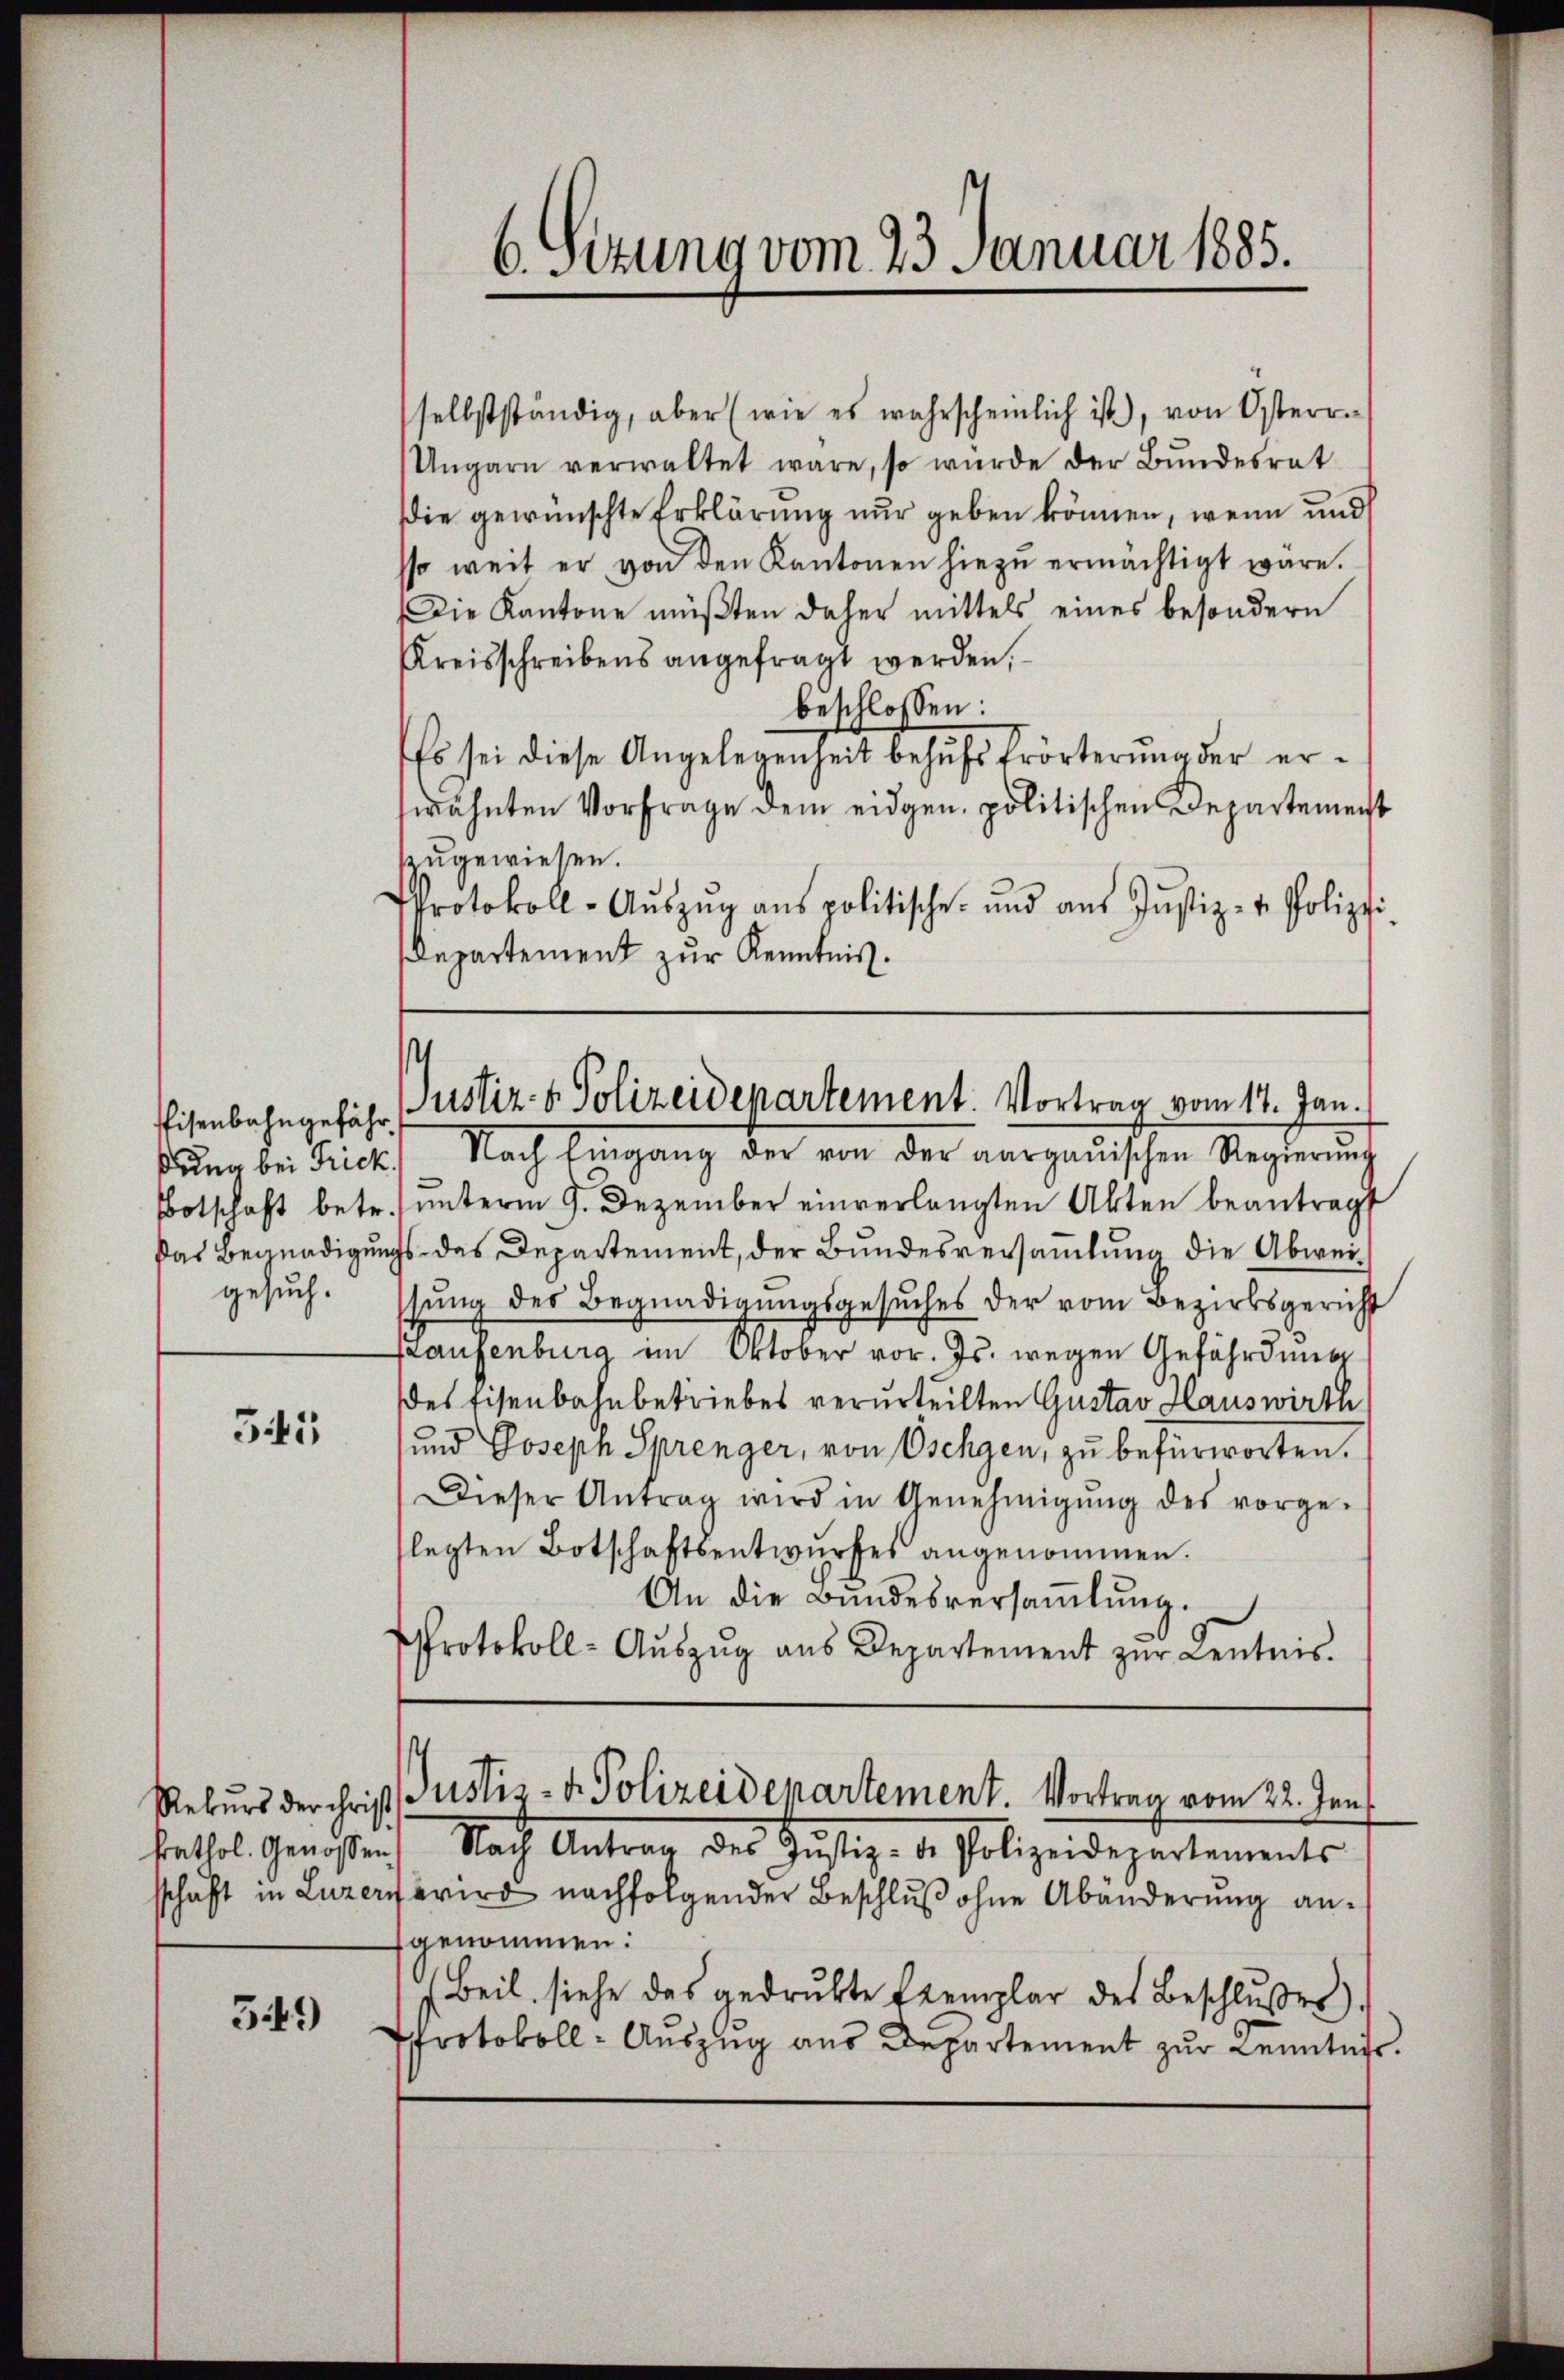
Eisenbahngefährgesuch.

545

349)

selbstständig, aber (wie es wahrscheinlich ist), von Osterre
Ungarn verwaltet wäre, so würde der Bŭndesrat
Die gewünschte Erklärung nur geben können, wenn und
sso weit er von den Kantonen hiezu ermächtigt wäre.
Die Kantone müβten daher mittels eines besondern
Kreisschreibens angefragt werden,
beschlossen:
Es sei diese Angelegenheit behufs Erörterung der erwähnten Vorfrage dem eidgen. politischen Departement
zzugewiesen.
Protokoll-Aŭszŭg ans politische und aŭs Jŭstiz- & Polizei
Departement zur Kenntnis.

ßung bei dictis Nach Eingang der von der aargauischen Regierŭng
Botschaft betr. unterm 9. Dezember einverlangten Akten beantragt
Das Begnadigungs- des Departement, der Bundesversammlung die Abweisung des Begnadigungsgesuches der vom Bezirksgericht
raugenburg im Oktober vor. Js. wegen Gefährdung
des Eisenbahnbetriebes verurteilten Gustav Hauswirth
und Joseph Sprenger, von Oschgen, zu befürworten.
Dieser Antrag wird in Genehmigŭng des vorge-
flegten Botschaftsentwŭrfes angenommen.
An die Bundesversaṁlŭng.
Protokoll-Aŭszŭg aŭs Departement zŭr Kentnis.

6. Sitzung vom 23. Januar 1885.

.
Justiz- & Polizeidepartement. Vortrag vom 17. Jan.

Rekurs der christ Justiz- u. Polizeidepartement. Vortrag vom 22. Juni

kathol. Genossen Nach Antrag des Justiz- de Polizeidepartements
sschaft in Luzern wird nachfolgender Beschlŭβ ohne Abänderung anfgenommen:
(Beil siehe das gedrukte Exemplar des Beschlŭsses.
Protokoll- Auszug aus Departement zur Kenntnis.